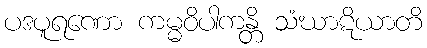
ပဒပူရဏော ကမ္မဝိပါကန္တိ သံဃာဋိယာတိ